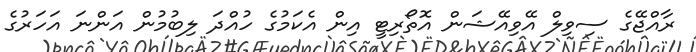
ރާއްޖޭގެ ސިވިލް އޭވިއޭޝަން އޮތޯރިޓީ އިން އެކަމުގެ ހުއްދަ ލިބުމުން އަންނަ އަހަރުގެ